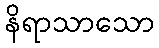
နိရာသာသော